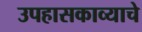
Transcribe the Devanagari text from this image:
उपहासकाव्याचे